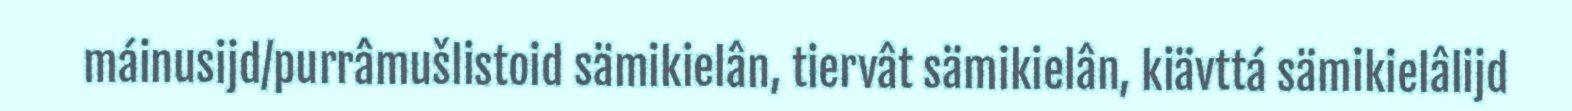
máinusijd/purrâmušlistoid sämikielân, tiervât sämikielân, kiävttá sämikielâlijd